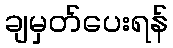
ချမှတ်ပေးရန်